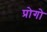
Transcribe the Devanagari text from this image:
प्रोगो